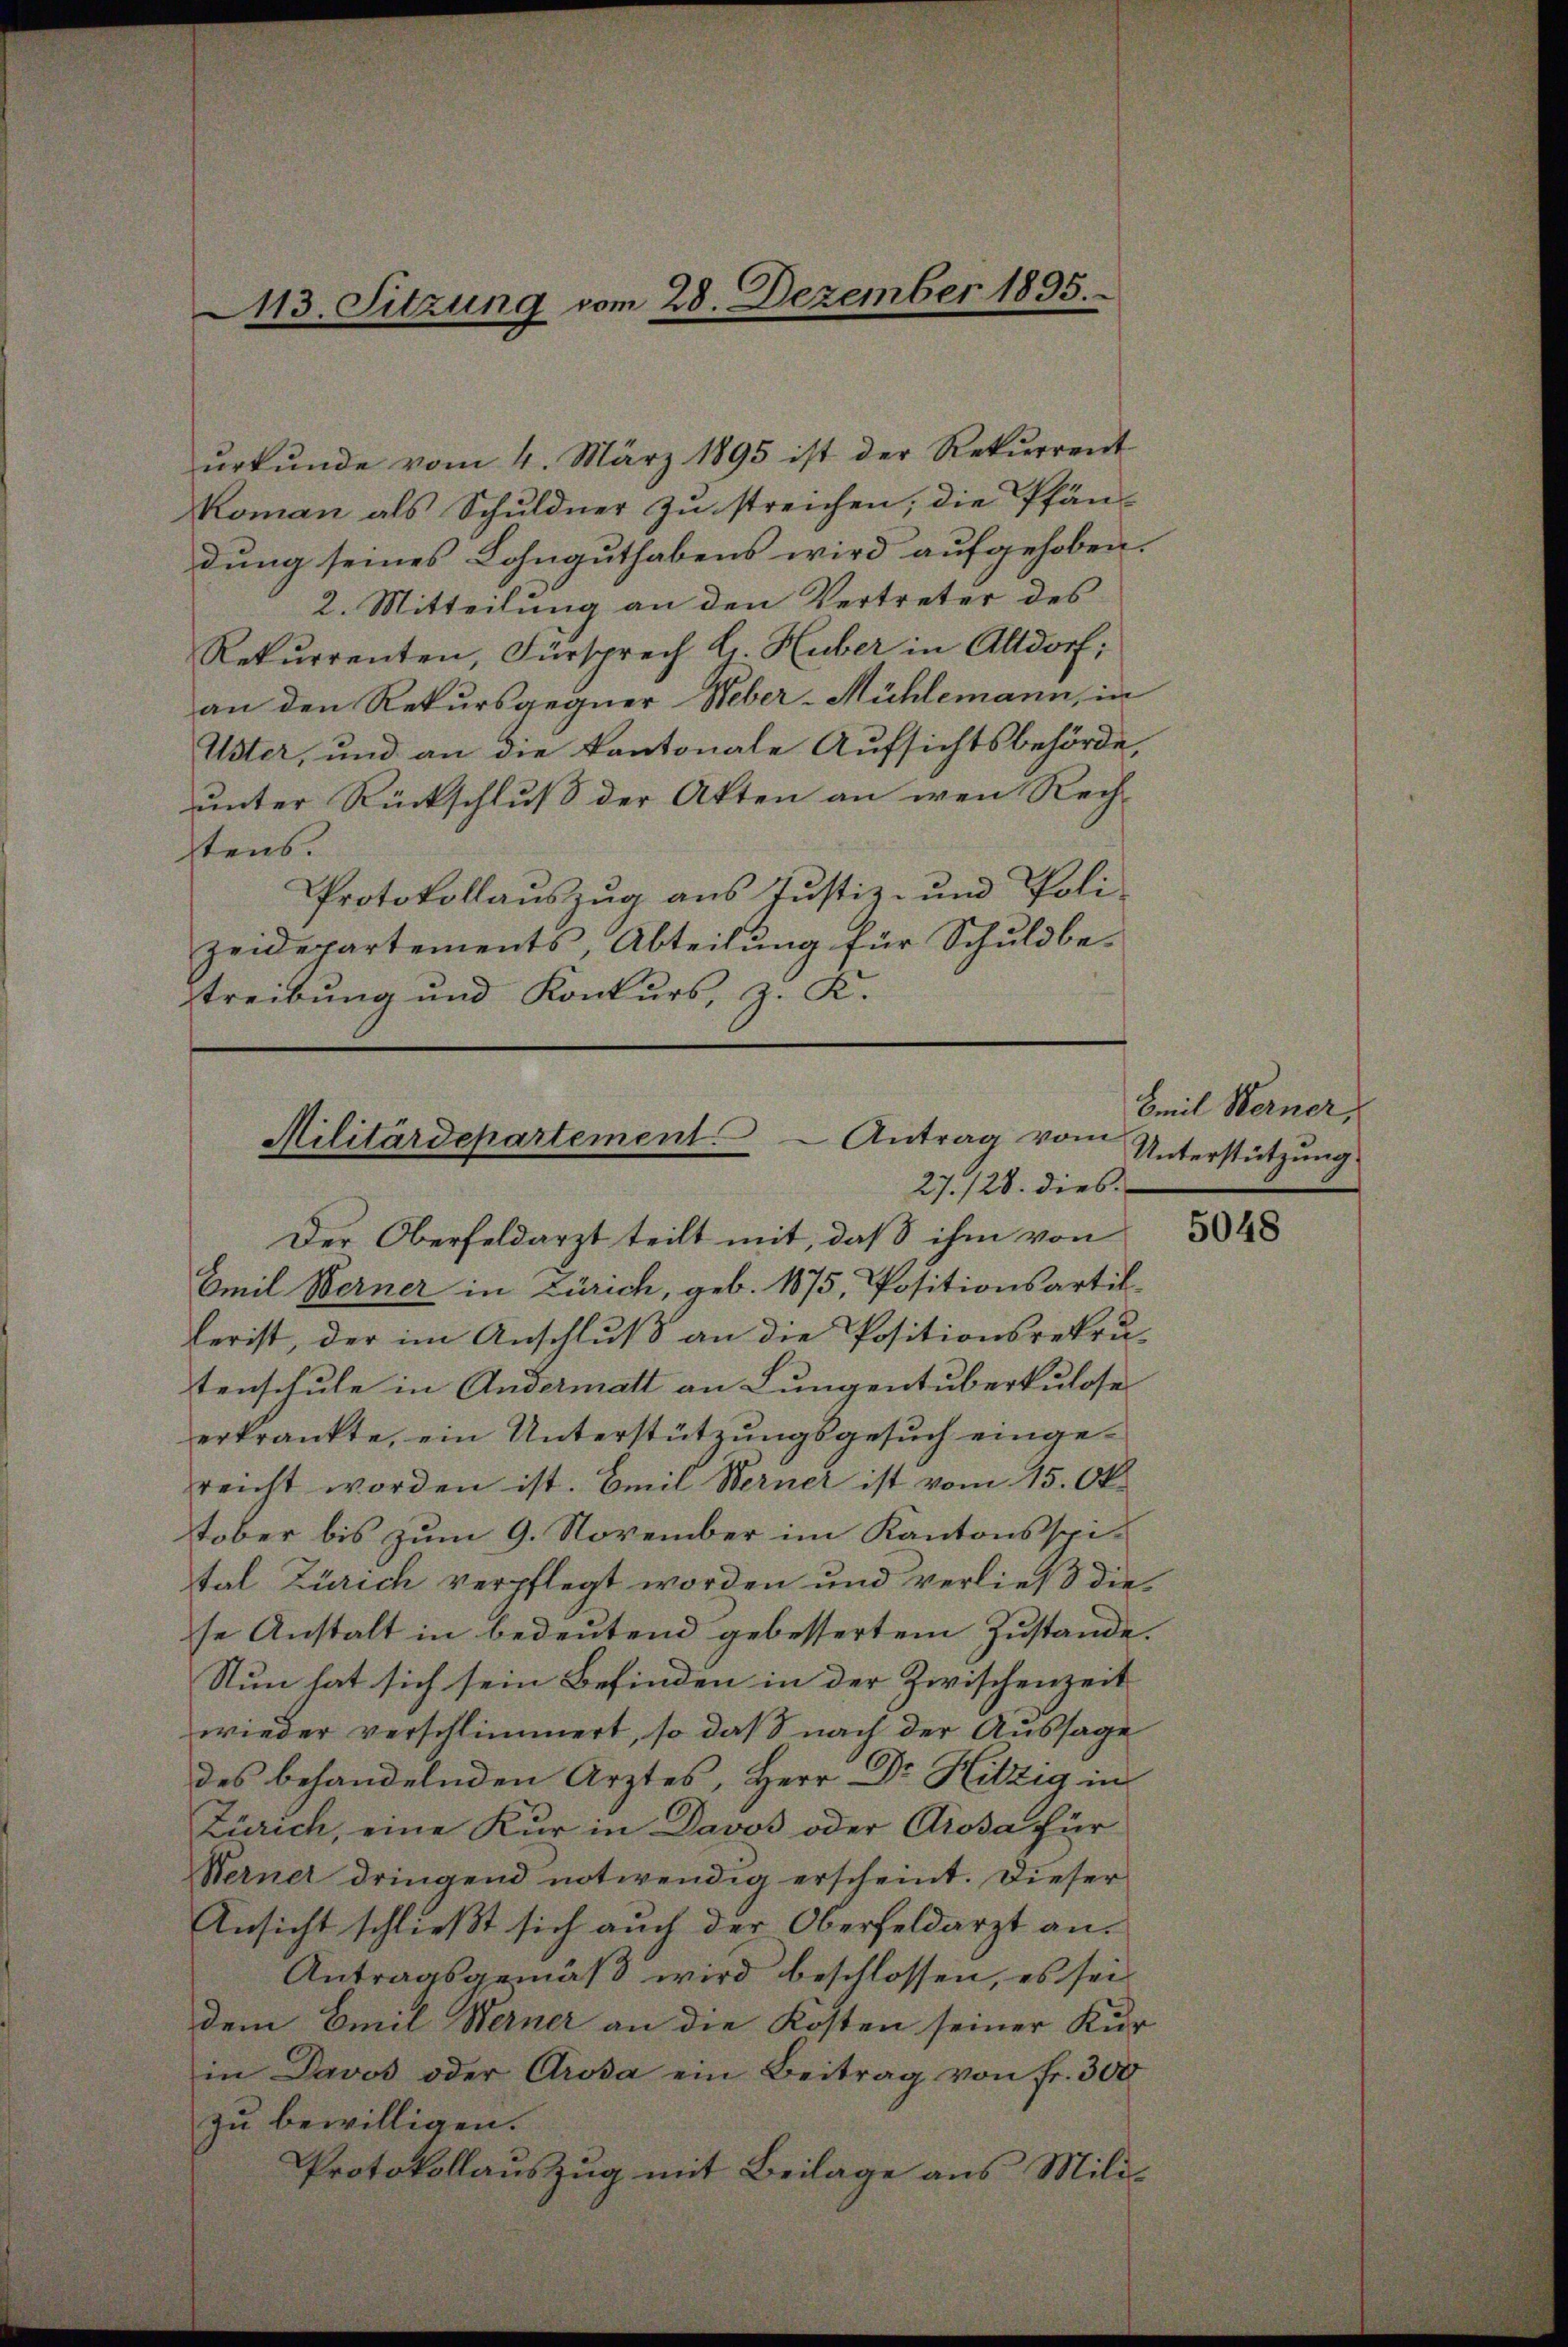
ŭrkŭnde vom 4. März 1895 ist der Rekurrent
Koman als Schuldner zu streichen; die Pfändung seines Lohnguthabens wird aufgehoben.
2. Mitteilung an den Vertreter des
Rekurrenten, Fürsprech H. Huber in Altdorf;
an den Rekursgegner Weber-Mühlemann, in
Uster, und an die Kantonale Aufsichtsbehörde,
unter Rückschluß der Akten an wen Rech-
stens.
Protokollauszug aus Justiz- und Poli-
zeidepartements, Abteilung für Schuldbe-
streibung und Konkurs, z. K.

113. Sitzung vom 28. Dezember 1895.

Militärdepartement Antrag vom
27. 128. dies

Der Oberfeldarzt teilt mit, daß ihm von
Emil Werner in Zürich, geb. 1875, Positionsartik
lerist, der im Anschluß an die Positionsrekrutenschule in Andermatt an Lungentuberkulose
erkrankte, ein Unterstützungsgesuch eingereicht worden ist. Emil Werner ist vom 15. Oktober bis zum 9. November im Kantonsspital Zürich verpflegt worden und verließ diese Anstalt in bedeutend gebessertem Zustande.
Nun hat sich sein Befinden in der Zwischenzeit
wieder verschlimmert, so daß nach der Aussage
des behandelnden Ärztes, Herr Dr. Hitzig in
Zürich, eine Kur in Davos oder Prosa für
Werner dringend notwendig erscheint. Dieser
Ansicht schließt sich auch der Oberfeldarzt an.
Antragsgemäß wird beschlossen, es sei
dem Emil Werner an die Kosten seiner Kurin Davos oder Arosa ein Beitrag von fr. 300
zu bewilligen.
Protokollauszug mit Beilage aus Mili

Emil Kerner,
Unterstützung

5048